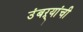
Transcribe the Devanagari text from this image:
उंबऱ्यांची